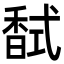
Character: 𮩧